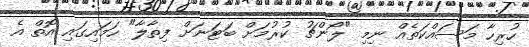
ހުރިހާ މަސައްކަތެއް ނިމި "ލޯންޗު ކުރުމަށް ބަޓަނަށް ފިތާލާ" ހަމައިގައި އޮތް އެ